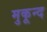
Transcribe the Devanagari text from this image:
मुकून्द